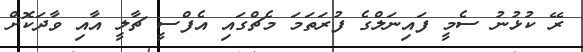
ރޭ ކުޅުނު ސެމީ ފައިނަލްގެ ފުރަތަމަ މެޗްގައި އެފްސީ ޗާލީ އާއި ވާދަކޮށް